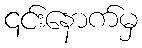
၎င်းနောက်မှ